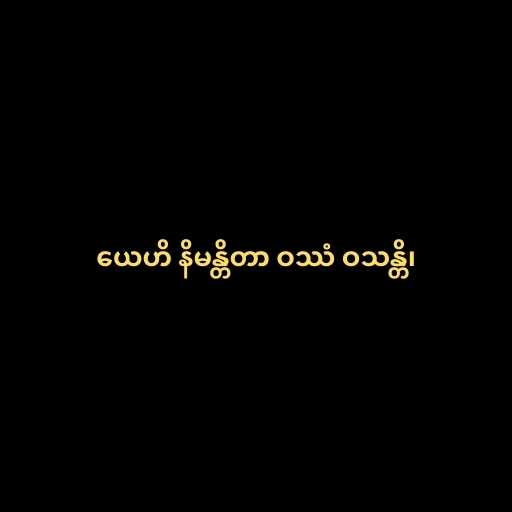
ယေဟိ နိမန္တိတာ ဝဿံ ဝသန္တိ၊